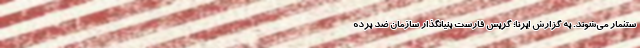
ستثمار می‌شوند. به گزارش ایرنا؛ گریس فارست بنیانگذار سازمان ضد برده